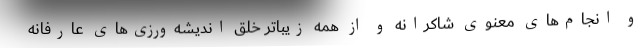
و انجام‌های معنوی شاکرانه و از همه زیباتر خلق اندیشه‌ورزی‌های عارفانه